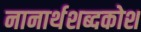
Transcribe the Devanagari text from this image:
नानार्थशब्दकोश